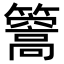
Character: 𥶧